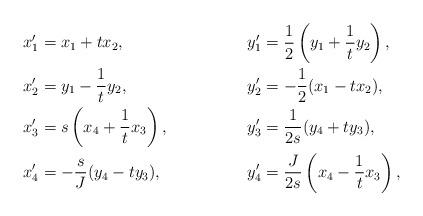
LaTeX: \begin{align*} x'_1 & = x_1 + t x_2, & y'_1 & = \frac{1}{2} \left( y_1 +\frac{1}{t} y_2 \right), \\ x'_2 & = y_1 - \frac{1}{t} y_2, & y'_2 & = - \frac{1}{2}(x_1 - t x_2), \\ x'_3 & = s \left( x_4 + \frac{1}{t} x_3 \right), & y'_3 & = \frac{1}{2s} (y_4 + t y_3), \\ x'_4 & = - \frac{s}{J} (y_4 - t y_3), & y'_4 & = \frac{J}{2s} \left( x_4 - \frac{1}{t} x_3 \right),\end{align*}